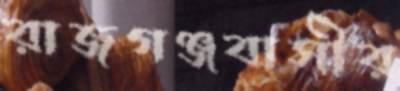
রাজগঞ্জবাসীর